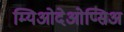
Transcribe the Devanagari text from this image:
म्यिओदेओप्सिअ